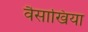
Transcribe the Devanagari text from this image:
वैसाखिया